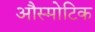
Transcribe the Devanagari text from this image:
औस्मोटिक